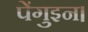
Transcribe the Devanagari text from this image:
पेंगुइन।